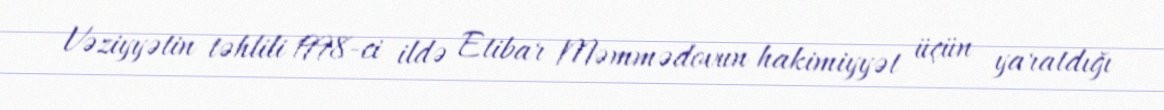
Vəziyyətin təhlili 1998-ci ildə Etibar Məmmədovun hakimiyyət üçün yaratdığı